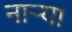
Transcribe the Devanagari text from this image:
नार्‍या